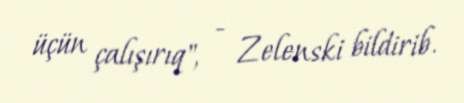
üçün çalışırıq", - Zelenski bildirib.